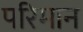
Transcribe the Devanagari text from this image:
परिमान